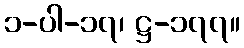
၁-ပါ-၁၇၊ ဋ္ဌ-၁၇၇။